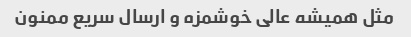
مثل همیشه عالی خوشمزه و ارسال سریع ممنون